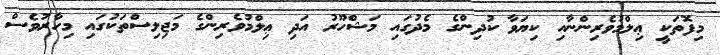
މިފޮތަކީ ޢިލްމުވެރިންނާއި ކިޔަވާ ކުދިންގެ މެދުގައި މަޝްހޫރު އަދި ޢިލްމުވެރިންގެ މަޖިލިސްތަކުގައި މިހާރުވެސް